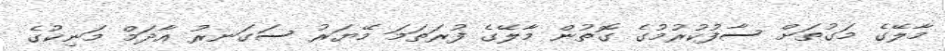
މާލޭގެ މަގުތަށް ސާފުކުރުމުގެ ގޮތުން މާލޭގެ ފުރަތަމަ މޭޔަރު ސަގަނރު އާދަމް މަނިކުގެ